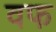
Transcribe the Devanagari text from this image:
वफ